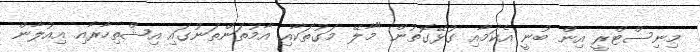
މިނިސްޓްރީ އިން ބުނީ އެކަމާއި ގުޅޭގޮތުން "މާލޭ މަގުތަކާއި އާމުތަންތަނުގައި އިޝްތިހާރާއި އިއުލާން